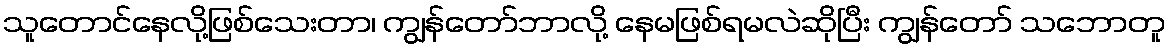
သူတောင်နေလို့ဖြစ်သေးတာ၊ ကျွန်တော်ဘာလို့ နေမဖြစ်ရမလဲဆိုပြီး ကျွန်တော် သဘောတူ